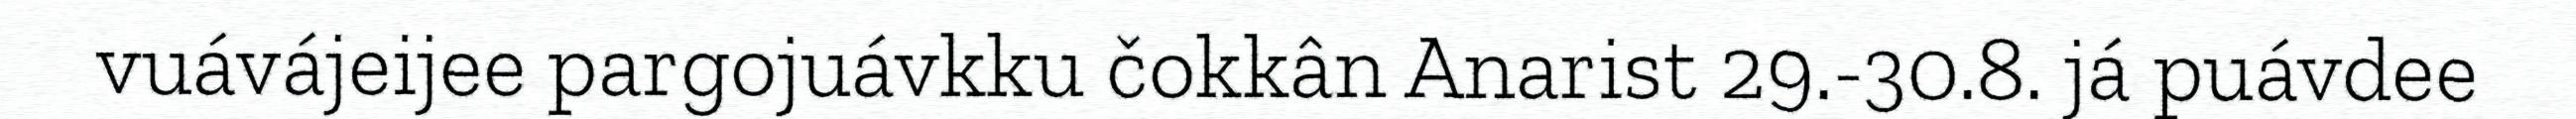
vuávájeijee pargojuávkku čokkân Anarist 29.-30.8. já puávdee